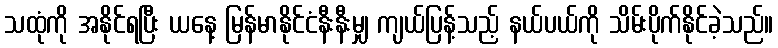
သထုံကို အနိုင်ရပြီး ယနေ့ မြန်မာနိုင်ငံနီးနီးမျှ ကျယ်ပြန့်သည့် နယ်ပယ်ကို သိမ်းပိုက်နိုင်ခဲ့သည်။